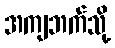
အကျဘက်သို့